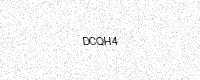
Text: DCQH4